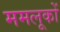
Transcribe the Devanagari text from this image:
ममलूकों